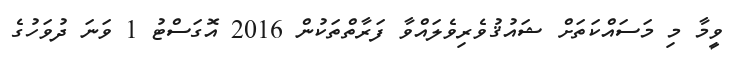
ވީމާ މި މަސައްކަތަށް ޝައުޤުވެރިވެލައްވާ ފަރާތްތަކުން 2016 އޮގަސްޓު 1 ވަނަ ދުވަހުގެ